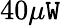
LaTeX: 40\mu\mathtt{W}